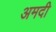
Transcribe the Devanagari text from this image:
अमदी